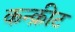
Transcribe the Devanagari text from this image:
कन्क्रीट